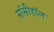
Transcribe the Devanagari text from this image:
सॉसीहॉल